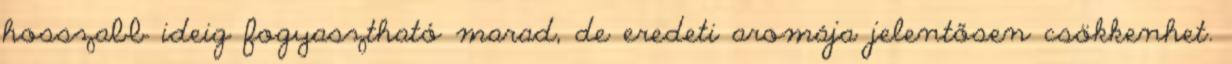
hosszabb ideig fogyasztható marad, de eredeti aromája jelentősen csökkenhet.